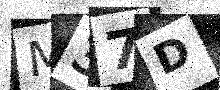
Text: M37D